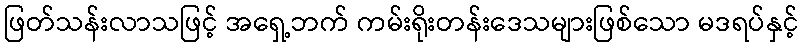
ဖြတ်သန်းလာသဖြင့် အရှေ့ဘက် ကမ်းရိုးတန်းဒေသများဖြစ်သော မဒရပ်နှင့်